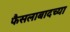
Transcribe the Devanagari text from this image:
फैसलाबादच्या